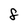
Character: F